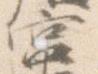
宮